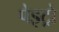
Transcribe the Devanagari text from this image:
पेइट्रो